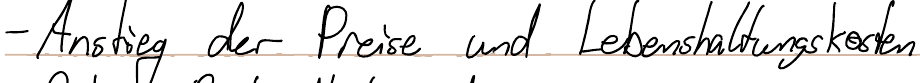
- Anstieg der Preise und Lebenshaltungskosten